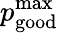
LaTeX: p_{\mathrm{good}}^{\mathrm{max}}